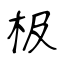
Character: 极